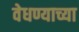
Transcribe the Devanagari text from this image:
वेधण्याच्या